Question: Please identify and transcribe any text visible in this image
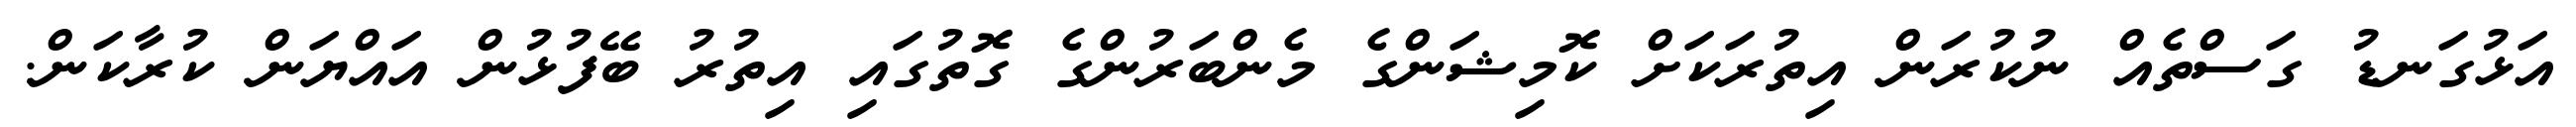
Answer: އަޅުގަނޑު ގަސްތެއް ނުކުރަން އިތުރަކަށް ކޮމިޝަންގެ މެންބަރުންގެ ގޮތުގައި އިތުރު ބޭފުޅުން އައްޔަން ކުރާކަން.